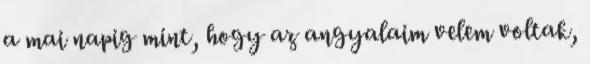
a mai napig mint, hogy az angyalaim velem voltak,